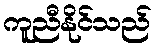
ကူညီနိုင်သည်